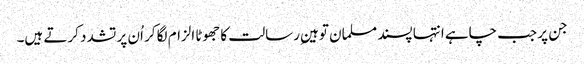
جن پر جب چاہے انتہا پسند مسلمان توہینِ رسالت کا جھوٹا الزام لگا کر اُن پر تشدد کرتے ہیں۔